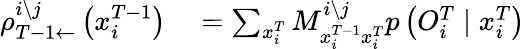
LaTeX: \begin{array}{rl}{\rho_{T-1\leftarrow}^{i\setminus j}\left(x_{i}^{T-1}\right)}&{{}=\sum_{x_{i}^{T}}M_{x_{i}^{T-1}x_{i}^{T}}^{i\setminus j}p\left(O_{i}^{T}\mid x_{i}^{T}\right)}\end{array}